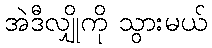
အဲဒီလျှိုကို သွားမယ်